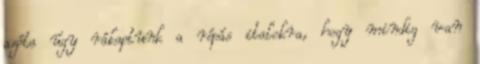
azóta úgy rákaptunk a répás italokra, hogy mindig van